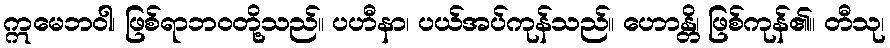
ဣမေဘဝါ၊ ဖြစ်ရာဘဝတို့သည်။ ပဟီနာ၊ ပယ်အပ်ကုန်သည်။ ဟောန္တိ၊ ဖြစ်ကုန်၏။ တီသု၊